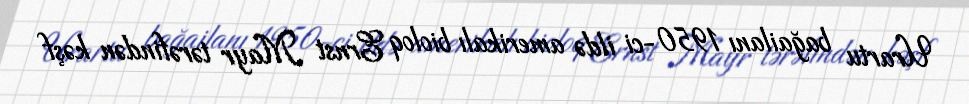
Urartu bağailanı 1950-ci ildə amerikalı bioloq Ernst Mayr tərəfindən kəşf